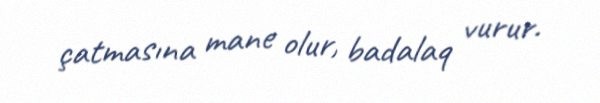
çatmasına mane olur, badalaq vurur.